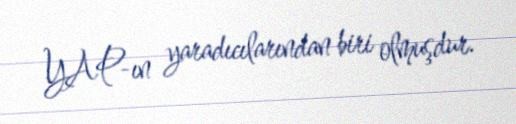
YAP-ın yaradıcılarından biri olmuşdur.